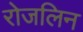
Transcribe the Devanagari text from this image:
रोजलिन